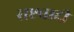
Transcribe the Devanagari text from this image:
राष्टवादी